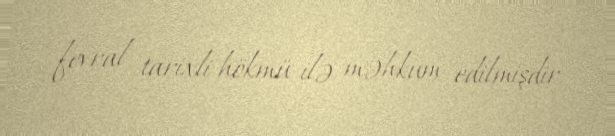
fevral tarixli hökmü ilə məhkum edilmişdir.